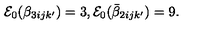
{ \cal E } _ { 0 } ( \beta _ { 3 i j k ^ { \prime } } ) = 3 , { \cal E } _ { 0 } ( \bar { \beta } _ { 2 i j k ^ { \prime } } ) = 9 .